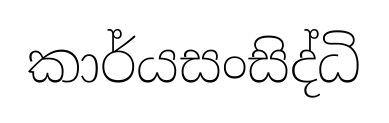
කාර්යසංසිද්ධි